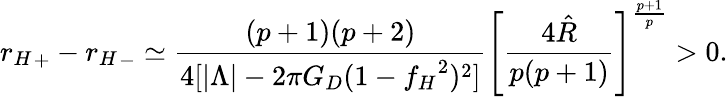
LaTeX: {r_{H}}_{+}-{r_{H}}_{-}\simeq\frac{(p+1)(p+2)}{4[|\Lambda|-2\pi G_{D}(1-{f_{H}}^{2})^{2}]}\left[\frac{4\hat{R}}{p(p+1)}\right]^{\frac{p+1}{p}}>0.